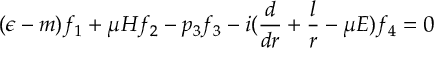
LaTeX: ( \epsilon - m ) f _ { 1 } + \mu H f _ { 2 } - p _ { 3 } f _ { 3 } - i ( \frac { d } { d r } + \frac { l } { r } - \mu E ) f _ { 4 } = 0